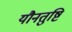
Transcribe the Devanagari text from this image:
यौनतुष्टि